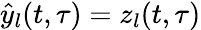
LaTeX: \hat{y}_{l}(t,\tau)=z_{l}(t,\tau)